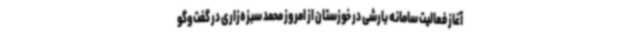
آغاز فعالیت سامانه بارشی در خوزستان از امروز محمد سبزه‌زاری در گفت‌وگو